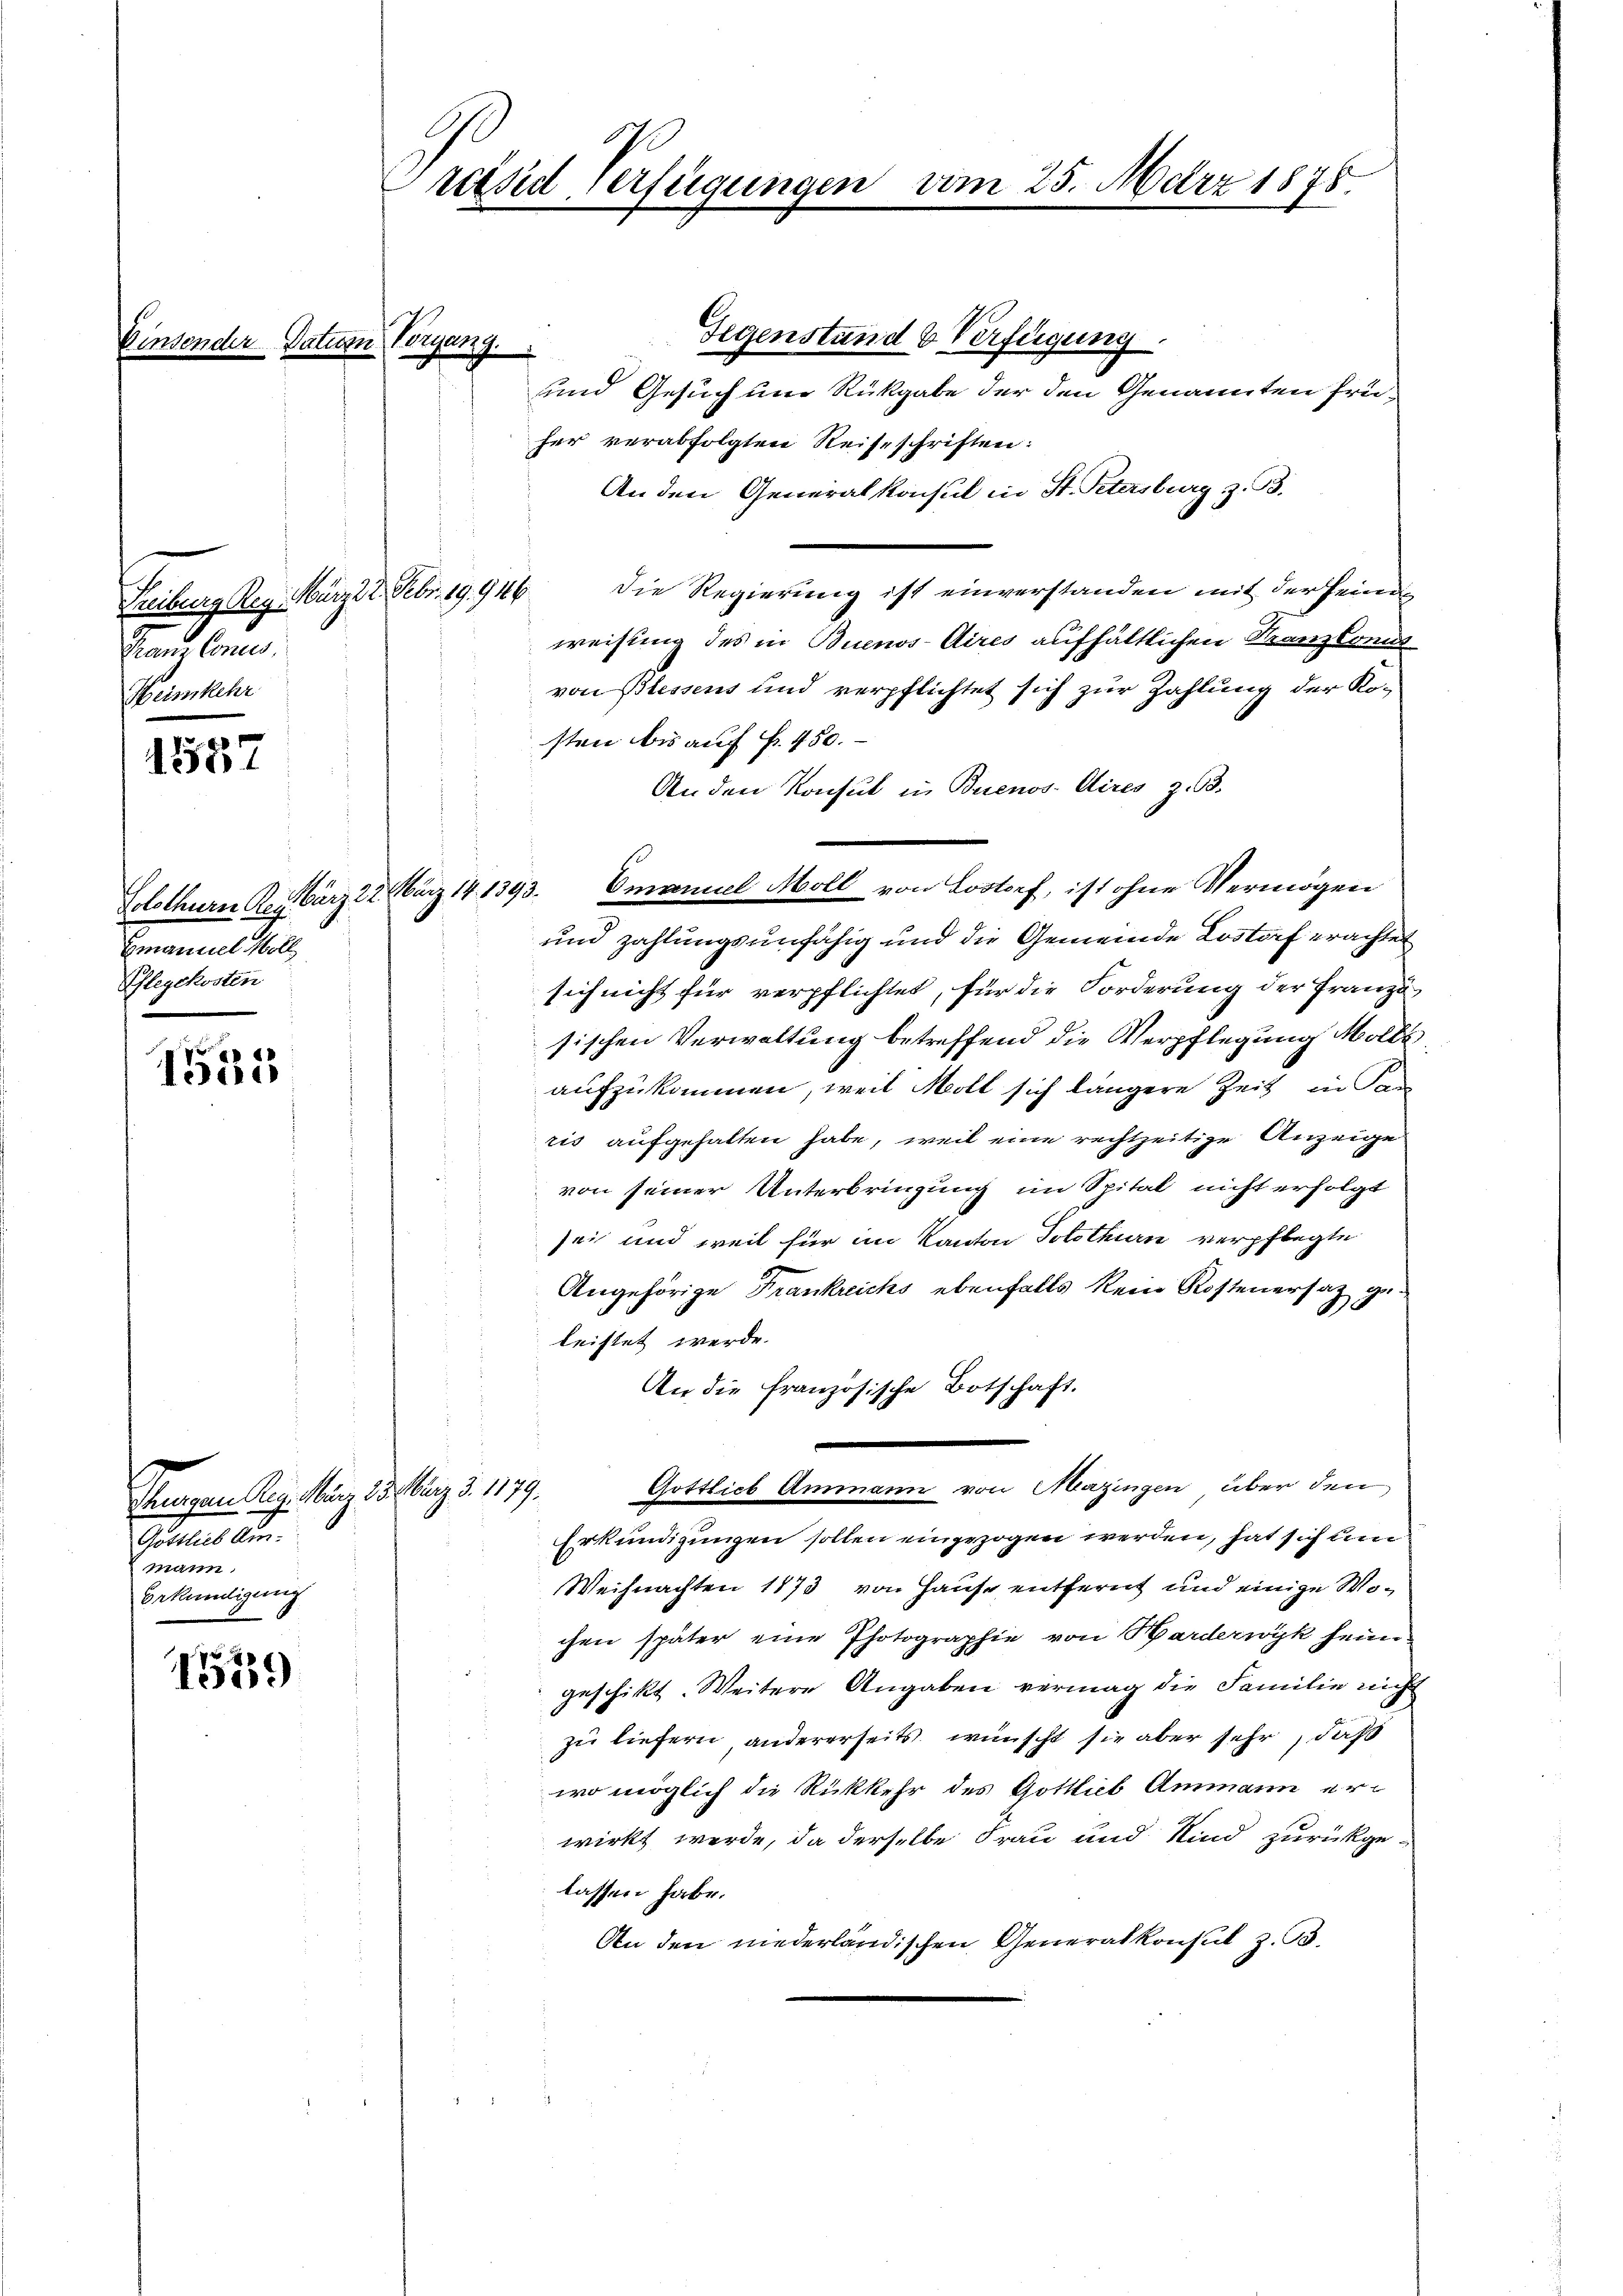
Ei

Trans Cances
eterstehe

e
126

Emanuel Moll
Phlegekosten

d
deris

Stengen Reg. März d. May d. 179.
Saales de
mann.
bekundigung

1559

Präsid-Verfügungen

Datum Vorgang.

Gegenstand & Verfügung
und Gesuch um Rückgabe der den Genannten früher verabfolgten Reiseschriften:
An den Generalkonsul in St. Petersburg z. B.
Freiburg Reg. März 22. Febr. 19946 die Regierŭng ist einverstanden mit der feine
weisung des in Buenos-Aires aufhältlichen Kanzkonnt
von Blessens und verpflichtet sich zur Zahlung der Kosten bis auf fr. 450.
An den Konsul in Buenos Aires z. B.
Solothurn Kenärz 22. März 141393. Emanuel Moll von Lostorf, ist ohne Vermögen
und zahlungsunfähig und die Gemeinde Lostorf erachtet
sich nicht für verpflichtet, für die Forderung der Franzi
sischen Verwaltung betreffend die Verpflegung Molliaufzukommen, weil Moll sich längere Zeit in Pan
ris aufgehalten habe, weil eine rechtzeitige Anzeige
von seiner Unterbringung im Spital nicht erfolgt
sei und weil für im Kanton Solothurn verpflegte
Angehörige Frankreichs ebenfalls kein Kostenersatz geleistet werde.
An die französische Botschaft.
Gottlich Ammann von Mazingen über den
Erkundigungen sollen eingezogen werden, hat sich um
Weihnachten 1873 von Hause entfernt und einige Wochen später eine Photographie von Barderwyk heim
geschikt. Weitere Angaben vermag die Familie nich
zu liefern, andererseits wünscht sie aber sehr, daß
wo möglich die Rückkehr des Gottlieb Ammann erwirkt werde, da derselbe Frau und Kind zurückge-
lassen habe.
An den niederländischen Generalkonsul z. B.

1798.

25. März 1878.